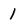
Character: 1